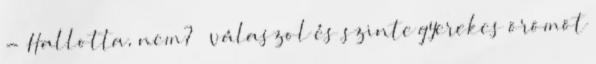
- Hallotta, nem? – válaszol és szinte gyerekes örömöt